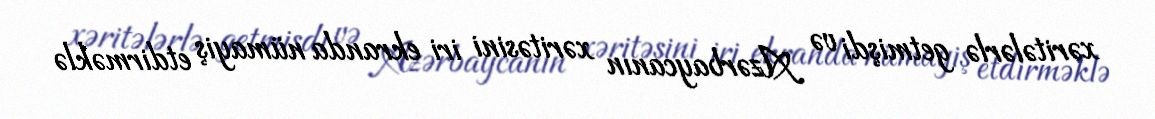
xəritələrlə getmişdi və Azərbaycanın xəritəsini iri ekranda nümayiş etdirməklə